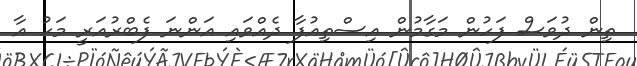
ތިން ދުވަސް ފަހުން މަގާމުން އިސްތިއުފާ ދެއްވައި އަންނަ ފެބްރުއަރީ މަހު އާ